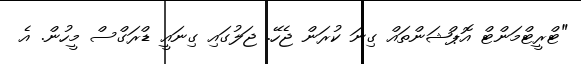
"ޓްރީޓްމަންޓް އޮޕްޝަންތައް ގިނަ ކުރަން ޖެހޭ. ޖަލުގައި ގިނައީ ޑްރަގްސް މީހުން. އެ